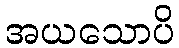
အယသောပိ